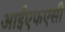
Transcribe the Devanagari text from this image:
आईएफएसी